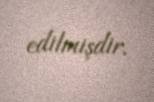
edilmişdir.